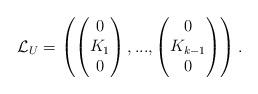
LaTeX: \begin{align*}\mathcal{L}_U = \left(\begin{pmatrix} 0 \\ K_1 \\ 0 \end{pmatrix},...,\begin{pmatrix} 0 \\ K_{k-1} \\ 0 \end{pmatrix} \right). \end{align*}